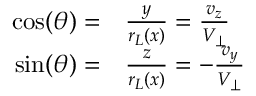
\begin{array} { r l } { \cos ( \theta ) = } & { { } \frac { y } { r _ { L } ( x ) } = \frac { v _ { z } } { V _ { \perp } } } \\ { \sin ( \theta ) = } & { { } \frac { z } { r _ { L } ( x ) } = - \frac { v _ { y } } { V _ { \perp } } } \end{array}